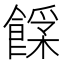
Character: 𩝰